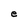
Character: e